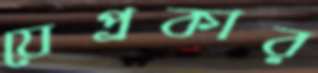
যেপ্রকার